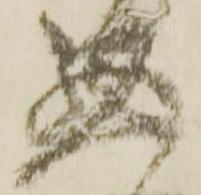
悪